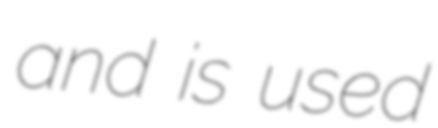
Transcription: and is used